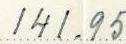
141.95